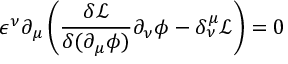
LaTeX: \epsilon ^ { \nu } \partial _ { \mu } \left( \frac { \delta \mathcal { L } } { \delta ( \partial _ { \mu } \phi ) } \partial _ { \nu } \phi - \delta _ { \nu } ^ { \mu } \mathcal { L } \right) = 0